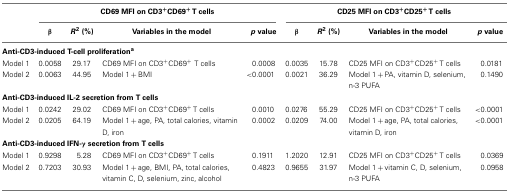
|  | <COLSPAN=4> CD69 MFI on CD3+CD69+ T cells | <COLSPAN=4> CD25 MFI on CD3+CD25+ T cells |
 |  | β | R2 (%) | Variables in the model | p value | β | R2 (%) | Variables in the model | p value |
 | --- | --- | --- | --- | --- | --- | --- | --- | --- |
 | <COLSPAN=9> Anti-CD3-induced T-cell proliferationa |
 | Model 1 | 0.0058 | 29.17 | CD69 MFI on CD3+CD69+ T cells | 0.0008 | 0.0035 | 15.78 | CD25 MFI on CD3+CD25+ T cells | 0.0181 |
 | Model 2 | 0.0063 | 44.95 | Model 1 + BMI | <0.0001 | 0.0021 | 36.29 | Model 1 + PA, vitamin D, selenium, n-3 PUFA | 0.1490 |
 | <COLSPAN=9> Anti-CD3-induced IL-2 secretion from T cells |
 | Model 1 | 0.0242 | 29.02 | CD69 MFI on CD3+CD69+ T cells | 0.0010 | 0.0276 | 55.29 | CD25 MFI on CD3+CD25+ T cells | <0.0001 |
 | Model 2 | 0.0205 | 64.19 | Model 1 + age, PA, total calories, vitamin D, iron | 0.0002 | 0.0209 | 74.00 | Model 1 + age, PA, total calories, vitamin D, iron | <0.0001 |
 | <COLSPAN=9> Anti-CD3-induced IFN-γ secretion from T cells |
 | Model 1 | 0.9298 | 5.28 | CD69 MFI on CD3+CD69+ T cells | 0.1911 | 1.2020 | 12.91 | CD25 MFI on CD3+CD25+ T cells | 0.0369 |
 | Model 2 | 0.7203 | 30.93 | Model 1 + age, BMI, PA, total calories, vitamin C, D, selenium, zinc, alcohol | 0.4823 | 0.9655 | 31.97 | Model 1 + vitamin C, D, selenium, n-3 PUFA | 0.0958 |